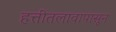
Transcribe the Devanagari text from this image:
हत्तीतलावापासून